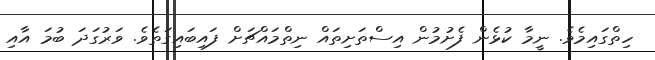
ހިތްގައިމެވެ. ނީމާ ކުޅެން ފެށުމުން އިސްތަށިތައް ނިތްމައްޗަށް ފައިބައިގަތެވެ. ވަރުގަދަ ބުމަ އާއި